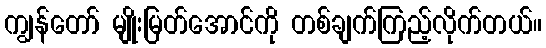
ကျွန်တော် မျိုးမြတ်အောင်ကို တစ်ချက်ကြည့်လိုက်တယ်။